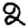
Digit: 2